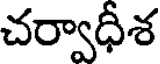
చర్వాధీశ